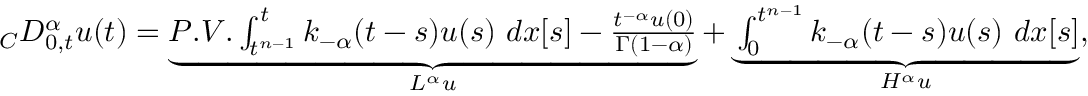
\begin{array} { r } { _ { C } D _ { 0 , t } ^ { \alpha } u ( t ) = \underbrace { P . V . \int _ { t ^ { n - 1 } } ^ { t } k _ { - \alpha } ( t - s ) u ( s ) \ d x [ s ] - \frac { t ^ { - \alpha } u ( 0 ) } { \Gamma ( 1 - \alpha ) } } _ { L ^ { \alpha } u } + \underbrace { \int _ { 0 } ^ { t ^ { n - 1 } } k _ { - \alpha } ( t - s ) u ( s ) \ d x [ s ] } _ { H ^ { \alpha } u } , } \end{array}